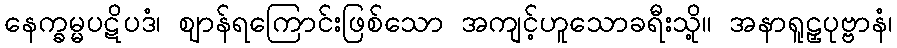
နေက္ခမ္မပဋိပဒံ၊ ဈာန်ရကြောင်းဖြစ်သော အကျင့်ဟူသောခရီးသို့။ အနာရူဠှပုဗ္ဗာနံ၊